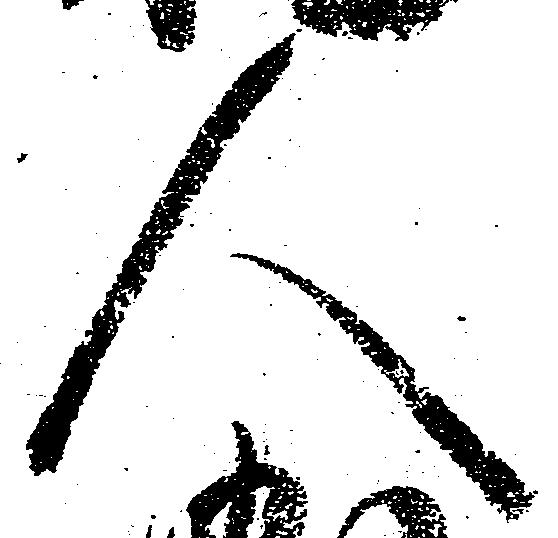
人